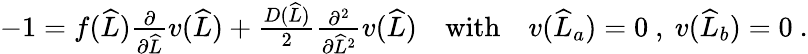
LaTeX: \begin{array}{r}{-1=f(\widehat{L})\frac{\partial}{\partial\widehat{L}}v(\widehat{L})+\frac{D(\widehat{L})}{2}\frac{\partial^{2}}{\partial\widehat{L}^{2}}v(\widehat{L})\quad\mathrm{with}\quad v(\widehat{L}_{a})=0\ ,\ v(\widehat{L}_{b})=0\ .}\end{array}